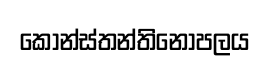
කොන්ස්තන්තිනෝපලය